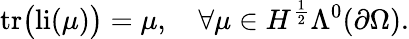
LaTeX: \mathrm{tr}\big(\mathrm{li}(\mu)\big)=\mu,\quad\forall\mu\in H^{\frac{1}{2}}\Lambda^{0}(\partial\Omega).